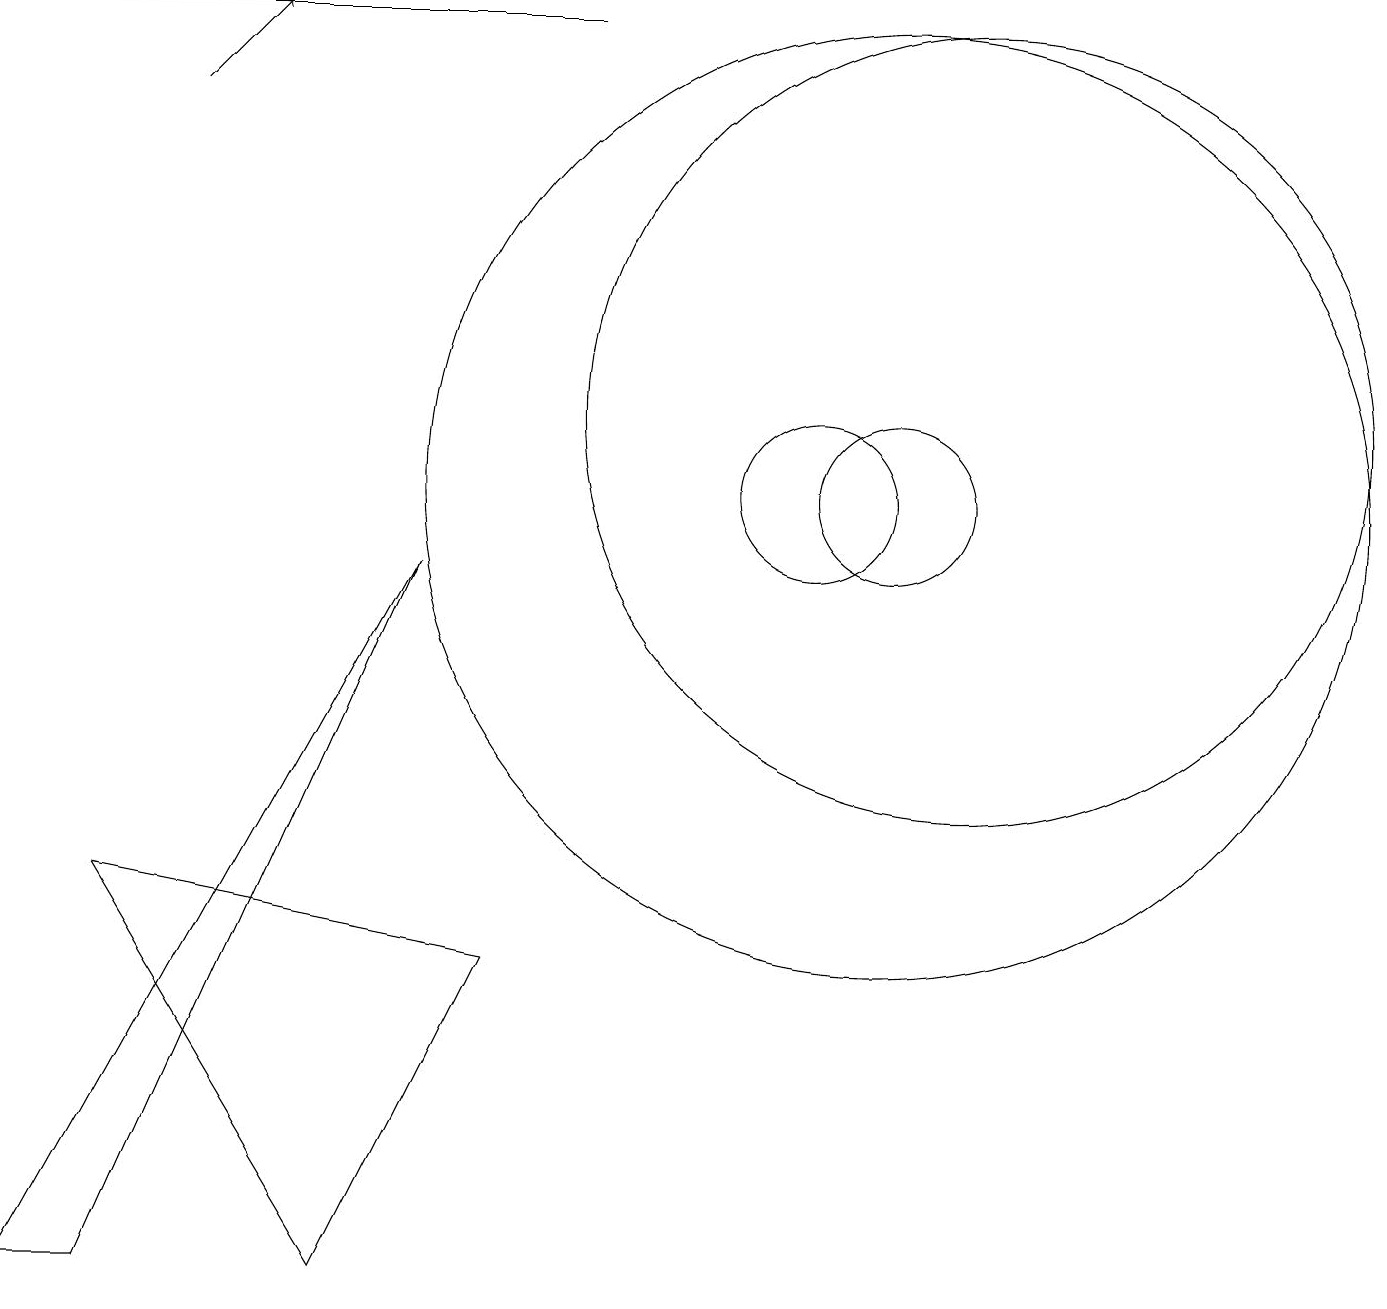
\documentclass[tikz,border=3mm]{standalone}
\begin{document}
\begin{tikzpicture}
\draw[->] (7,16) -- (0,16);
\draw (5,9) -- (1,0) -- (0,0) -- cycle;
\draw (12,11) circle (5);
\draw[->] (2,15) -- (3,16);
\draw (11,10) circle (6);
\draw (4,0) -- (6,4) -- (1,5) -- cycle;
\draw (11,10) circle (1);
\draw (10,10) circle (1);
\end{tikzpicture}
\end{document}